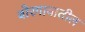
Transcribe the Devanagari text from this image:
बोरगावातील